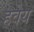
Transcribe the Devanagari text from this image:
हवेय